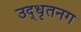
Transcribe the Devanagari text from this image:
उद्‌धृतनग